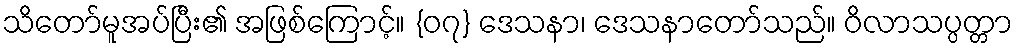
သိတော်မူအပ်ပြီး၏ အဖြစ်ကြောင့်။ {၀၇} ဒေသနာ၊ ဒေသနာတော်သည်။ ဝိလာသပ္ပတ္တာ